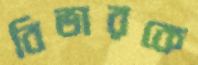
বিভারকে